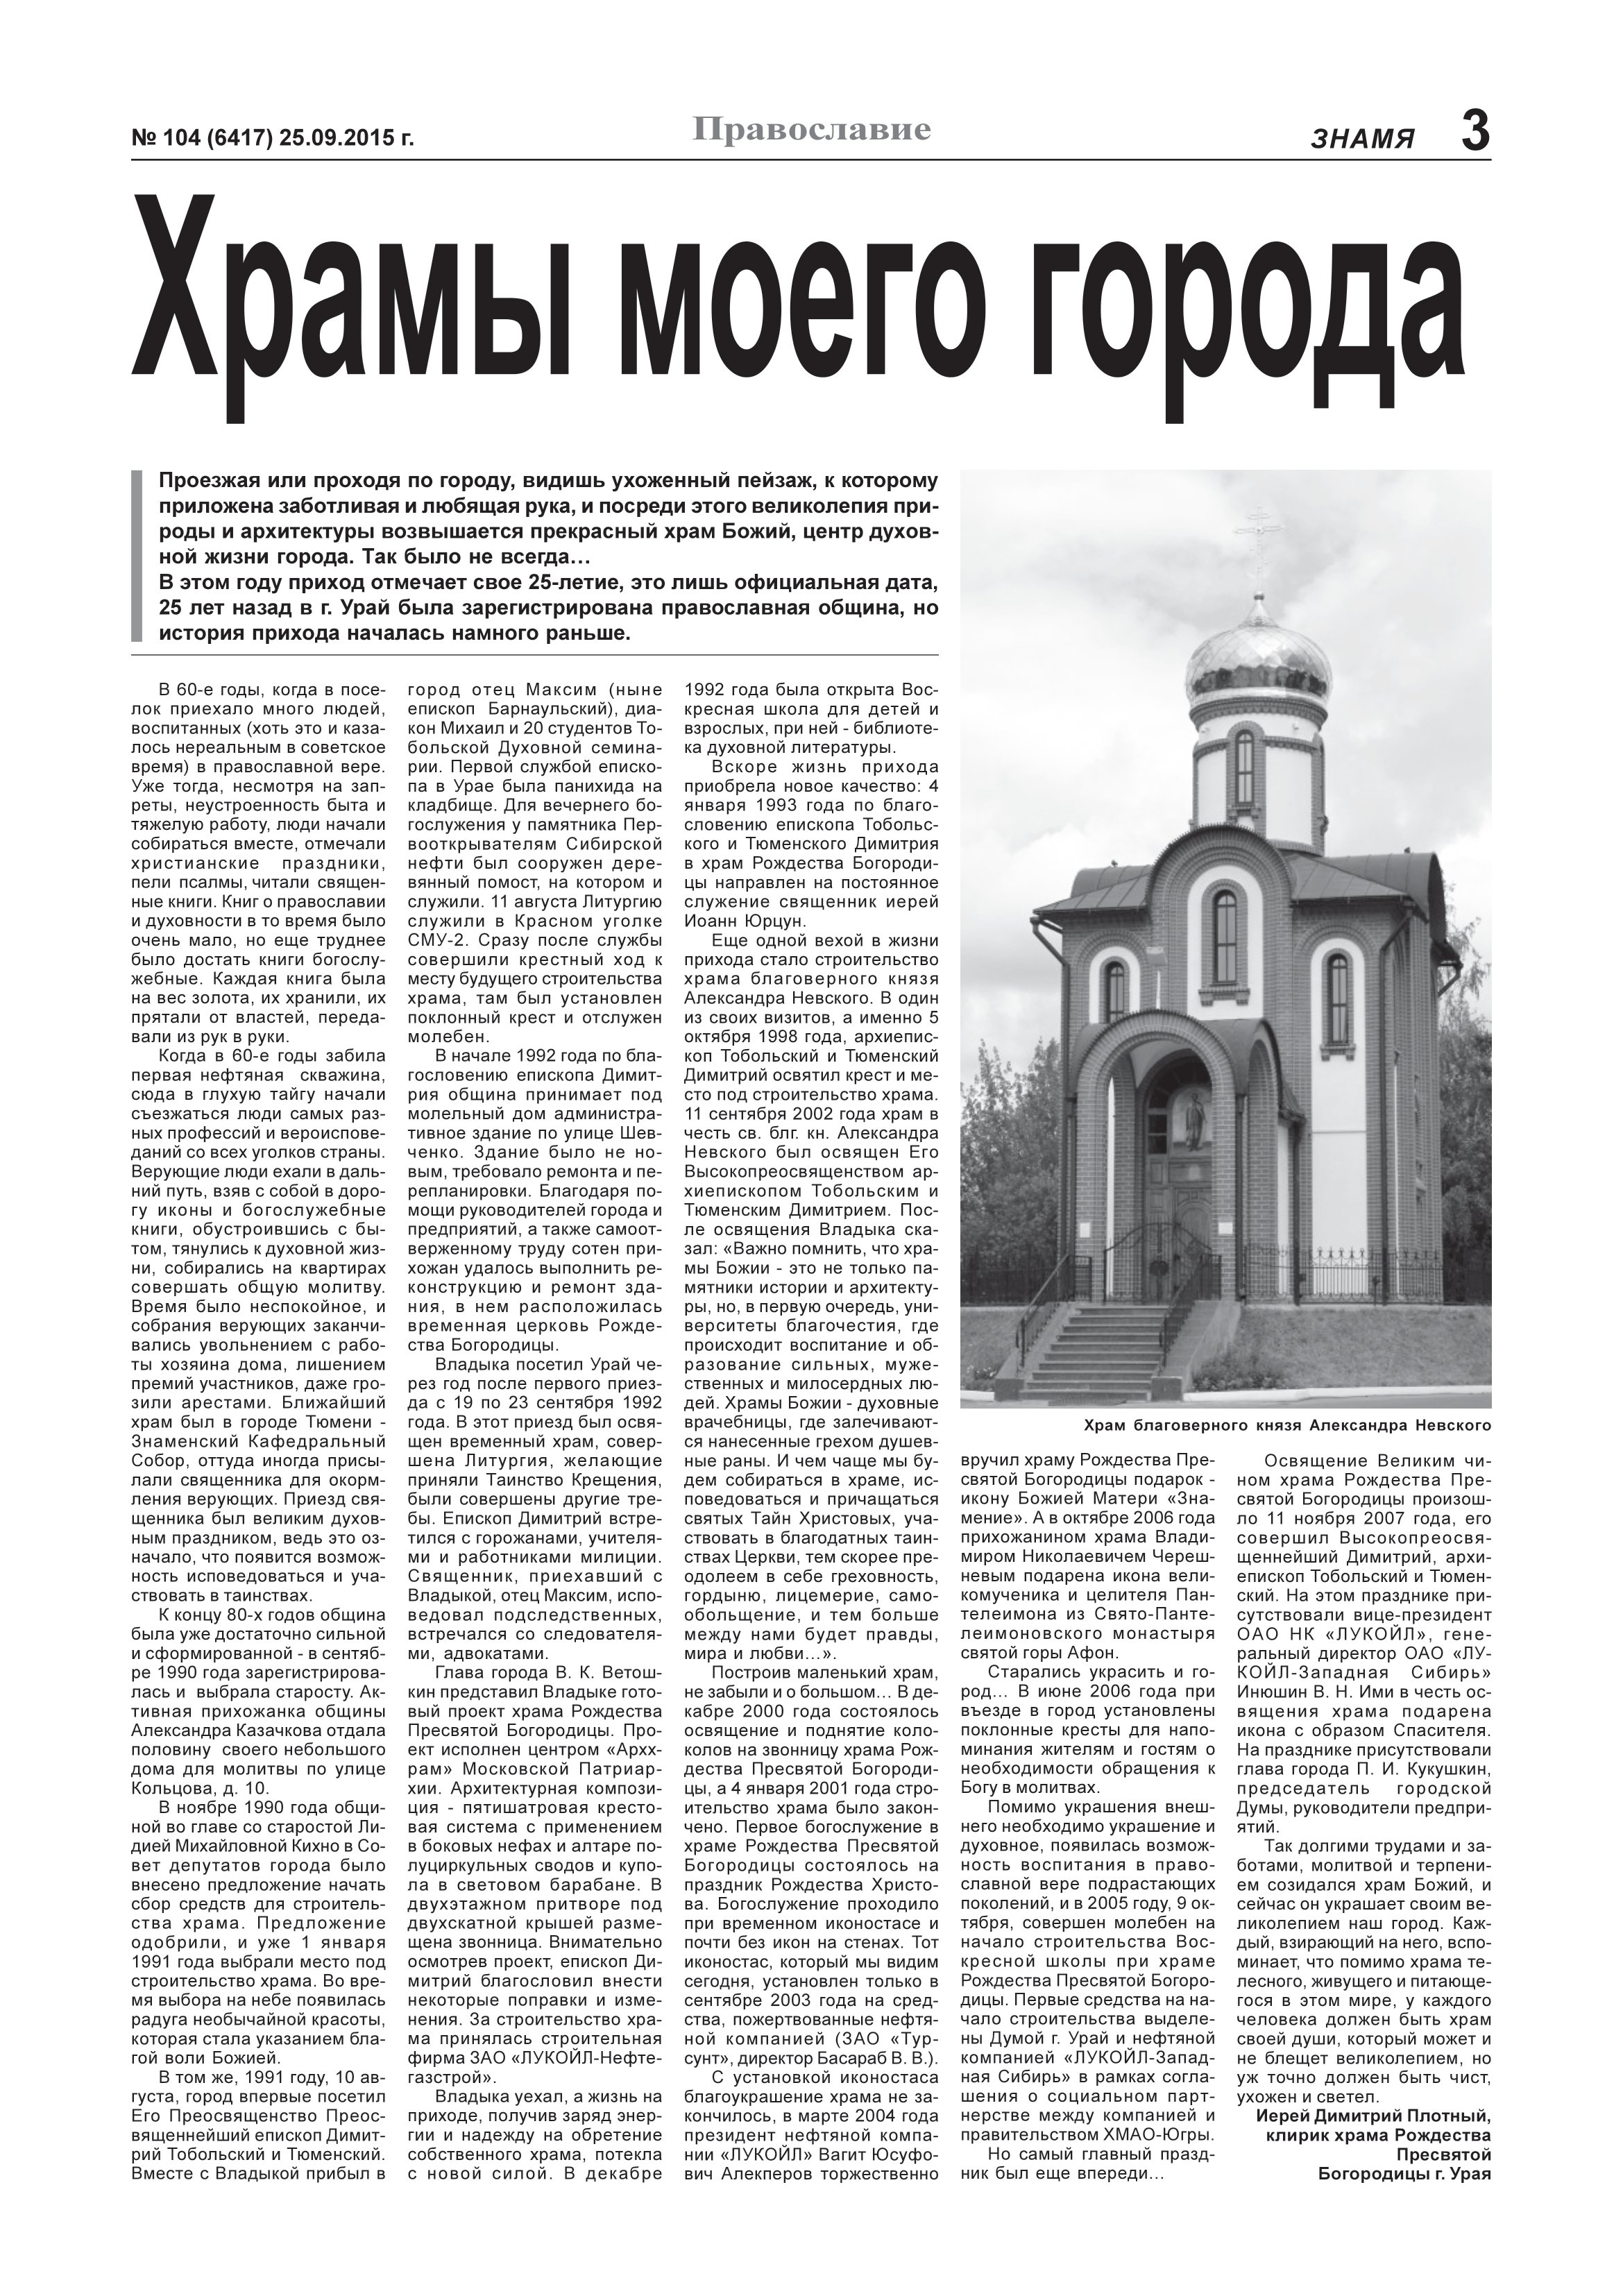
Language: ru